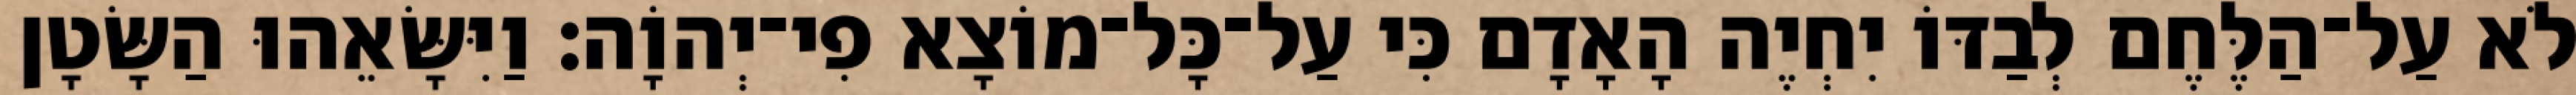
לֹא עַל־הַלֶּחֶם לְבַדּוֹ יִחְיֶה הָאָדָם כִּי עַל־כָּל־מוֹצָא פִי־יְהוָֹה׃ וַיִּשָּׂאֵהוּ הַשָּׂטָן